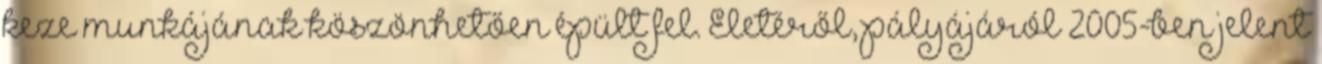
keze munkájának köszönhetően épült fel. Életéről, pályájáról 2005-ben jelent